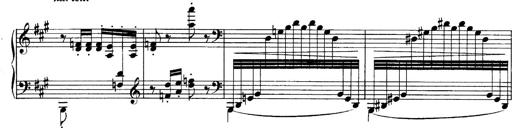
Title: Sonatina No.6
Composer: Ferruccio Busoni